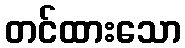
တင်ထားသော